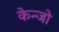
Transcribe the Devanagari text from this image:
केन्जो